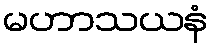
မဟာသယနံ